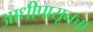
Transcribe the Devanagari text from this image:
आधीपासूनचा